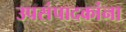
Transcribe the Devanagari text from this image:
उपसंपादकांना